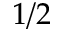
1 / 2